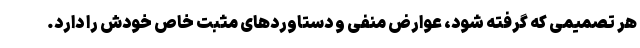
هر تصمیمی که گرفته شود، عوارض منفی و دستاوردهای مثبت خاص خودش را دارد.